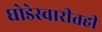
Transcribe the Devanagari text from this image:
घोडेस्वारीतही